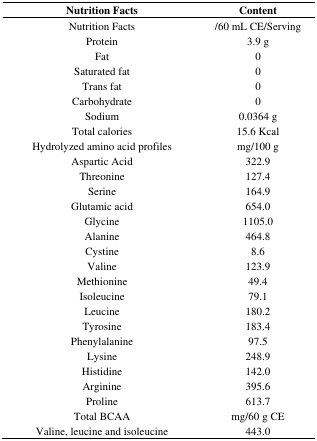
| Nutrition Facts | Content |
 | --- | --- |
 | Nutrition Facts | /60 mL CE/Serving |
 | Protein | 3.9 g |
 | Fat | 0 |
 | Saturated fat | 0 |
 | Trans fat | 0 |
 | Carbohydrate | 0 |
 | Sodium | 0.0364 g |
 | Total calories | 15.6 Kcal |
 | Hydrolyzed amino acid profiles | mg/100 g |
 | Aspartic Acid | 322.9 |
 | Threonine | 127.4 |
 | Serine | 164.9 |
 | Glutamic acid | 654.0 |
 | Glycine | 1105.0 |
 | Alanine | 464.8 |
 | Cystine | 8.6 |
 | Valine | 123.9 |
 | Methionine | 49.4 |
 | Isoleucine | 79.1 |
 | Leucine | 180.2 |
 | Tyrosine | 183.4 |
 | Phenylalanine | 97.5 |
 | Lysine | 248.9 |
 | Histidine | 142.0 |
 | Arginine | 395.6 |
 | Proline | 613.7 |
 | Total BCAA | mg/60 g CE |
 | Valine, leucine and isoleucine | 443.0 |